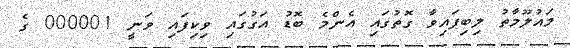
މައުލޫމާތު ލިބިފައިވާ ގޮތުގައި އެންމެ ބޮޑު އަގުގައި ވިކިފައި ވަނީ 000001 ގެ